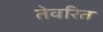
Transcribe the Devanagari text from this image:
तेवरित